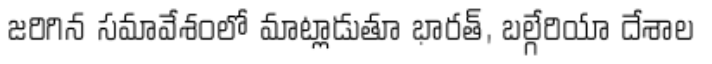
జరిగిన సమావేశంలో మాట్లాడుతూ భారత్, బల్గేరియా దేశాల